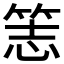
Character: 𥭡